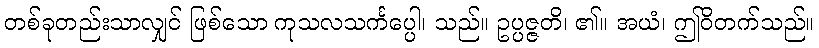
တစ်ခုတည်းသာလျှင် ဖြစ်သော ကုသလသင်္ကပ္ပေါ၊ သည်။ ဥပ္ပဇ္ဇတိ၊ ၏။ အယံ၊ ဤဝိတက်သည်။